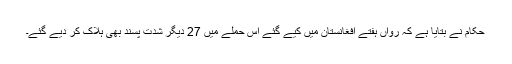
حکام نے بتایا ہے کہ رواں ہفتے افغانستان میں کیے گئے اس حملے میں 27 دیگر شدت پسند بھی ہلاک کر دیے گئے۔